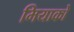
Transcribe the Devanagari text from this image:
मियाको